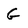
Character: G